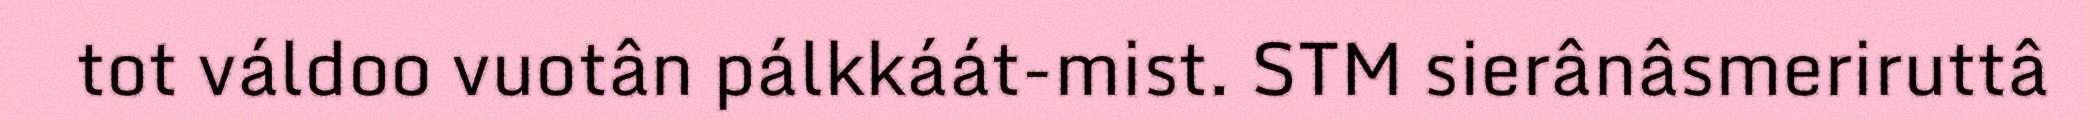
tot váldoo vuotân pálkkáát-mist. STM sierânâsmeriruttâ